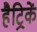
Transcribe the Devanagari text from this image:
हैट्रिकें